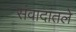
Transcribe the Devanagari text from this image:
संवादांतले